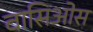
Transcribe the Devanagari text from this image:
वासिओस